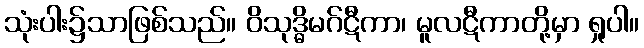
သုံးပါး၌သာဖြစ်သည်။ ဝိသုဒ္ဓိမဂ်ဋီကာ၊ မူလဋီကာတို့မှာ ရှုပါ။